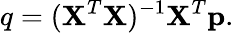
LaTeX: q=(\textbf{X}^{T}\textbf{X})^{-1}\textbf{X}^{T}\textbf{p}.